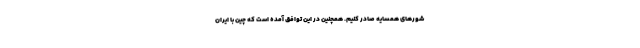
شورهای همسایه صادر کنیم. همچنین در این توافق آمده است که چین با ایران